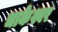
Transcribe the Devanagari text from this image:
धाकेश्वर